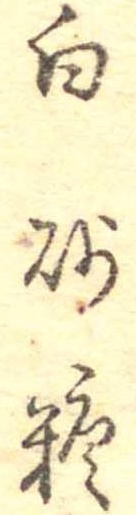
白砂糖